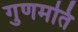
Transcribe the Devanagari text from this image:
गुणमति